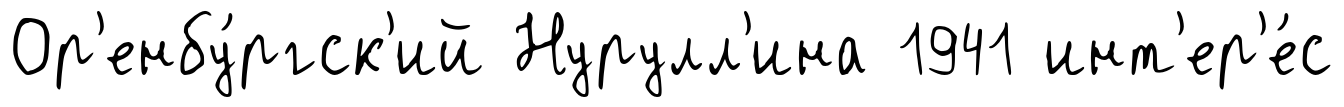
Ор'енбу́ргск'ий Нурулл'ина 1941 инт'ер'е́с